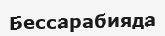
Бессарабияда